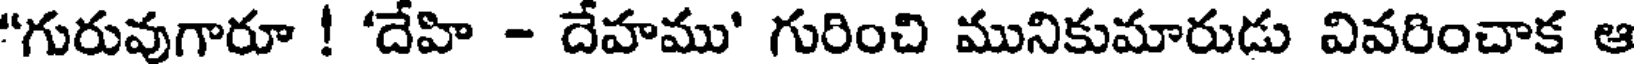
"గురువుగారూ ! 'దేహి - దేహము' గురించి మునికుమారుడు వివరించాక ఆ